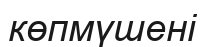
көпмүшені